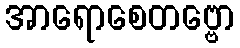
အာရောစေတဗ္ဗော